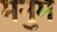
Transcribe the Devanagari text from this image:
मनुम